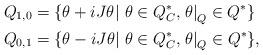
LaTeX: \begin{align*}Q_{1,0}&=\{\theta+i J\theta |\ \theta\in Q_C^*,\left.\theta\right|_Q\in Q^*\}\\Q_{0,1}&=\{\theta-iJ\theta |\ \theta\in Q_C^*,\left.\theta\right|_Q\in Q^*\},\end{align*}